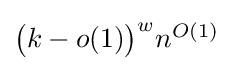
{\textstyle {\bigl (}k-o(1){\bigr )}^{w}n^{O(1)}}